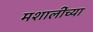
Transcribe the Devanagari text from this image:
मशालींच्या